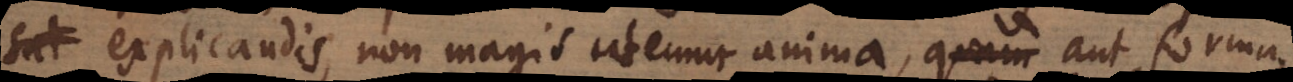
explicandis, non magis utemur anima, quam aut forma,